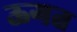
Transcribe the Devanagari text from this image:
ऊगत